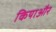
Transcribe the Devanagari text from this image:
कियाऔर